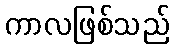
ကာလဖြစ်သည်